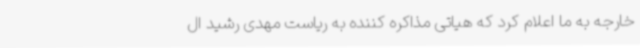
خارجه به ما اعلام کرد که هیاتی مذاکره کننده به ریاست مهدی رشید ال